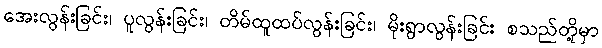
အေးလွန်းခြင်း၊ ပူလွန်းခြင်း၊ တိမ်ထူထပ်လွန်းခြင်း၊ မိုးရွာလွန်းခြင်း စသည်တို့မှာ